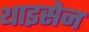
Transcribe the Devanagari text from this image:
थाइसेन